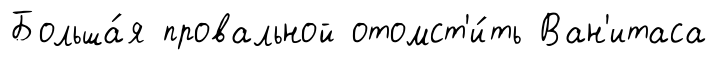
Больша́я провальной отомст'и́ть Ван'итаса